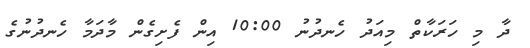
ދާ މި ހަރަކާތް މިއަދު ހެނދުނު 10:00 އިން ފެށިގެން މާދަމާ ހެނދުނުގެ